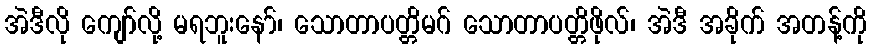
အဲဒီလို ကျော်လို့ မရဘူးနော်၊ သောတာပတ္တိမဂ် သောတာပတ္တိဖိုလ်၊ အဲဒီ အခိုက် အတန့်ကို